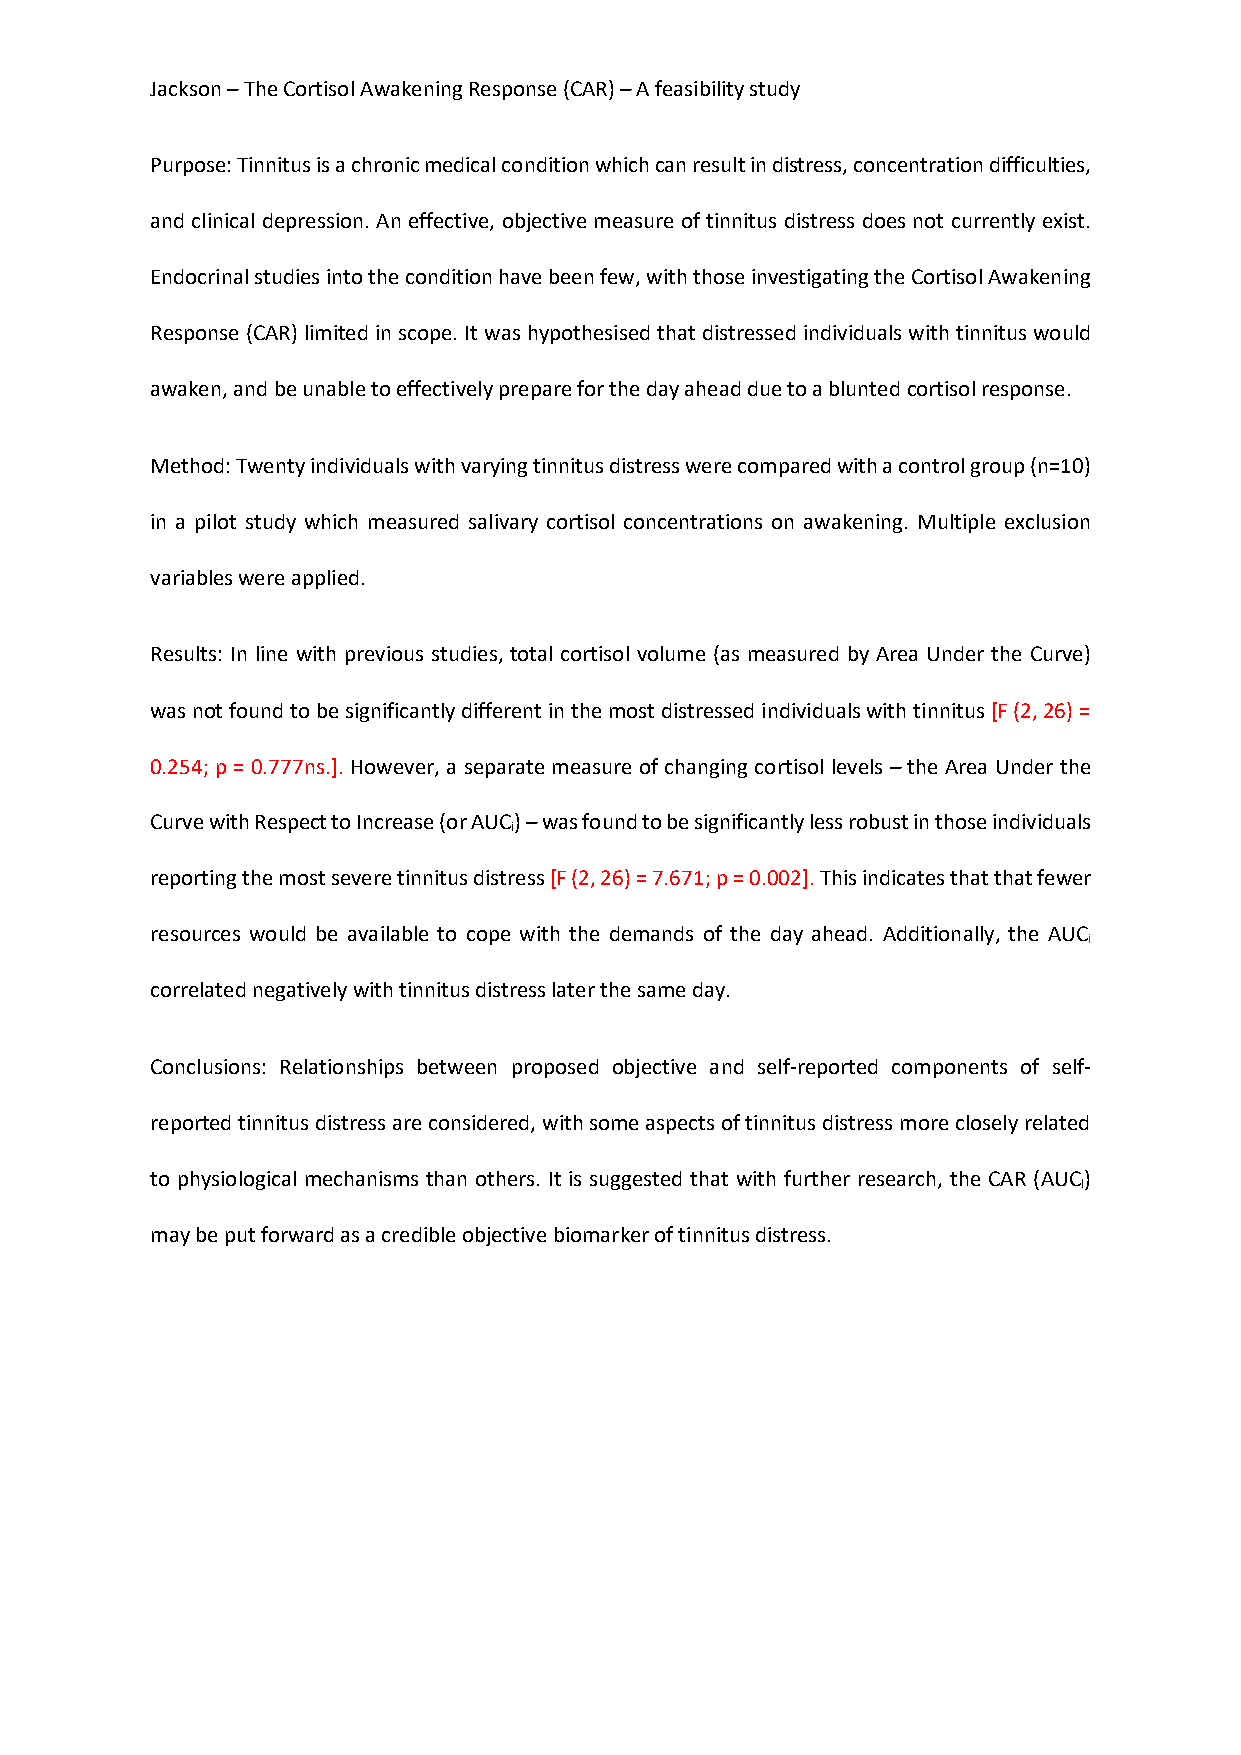
Jackson – The Cortisol Awakening Response (CAR) – A feasibility study
 Purpose: Tinnitus is a chronic medical condition which can result in distress, concentration difficulties,
 and clinical depression. An effective, objective measure of tinnitus distress does not currently exist.
 Endocrinal studies into the condition have been few, with those investigating the Cortisol Awakening
 Response (CAR) limited in scope. It was hypothesised that distressed individuals with tinnitus would
 awaken, and be unable to effectively prepare for the day ahead due to a blunted cortisol response.
 Method: Twenty individuals with varying tinnitus distress were compared with a control group (n=10)
 in a pilot study which measured salivary cortisol concentrations on awakening. Multiple exclusion
 variables were applied.
 Results: In line with previous studies, total cortisol volume (as measured by Area Under the Curve)
 was not found to be significantly different in the most distressed individuals with tinnitus [F (2, 26) =
 0.254; p = 0.777ns.]. However, a separate measure of changing cortisol levels – the Area Under the
 Curve with Respect to Increase (or AUC) – was found to be significantly less robust in those individuals
 i
 reporting the most severe tinnitus distress [F (2, 26) = 7.671; p = 0.002]. This indicates that that fewer
 resources would be available to cope with the demands of the day ahead. Additionally, the AUC
 i
 correlated negatively with tinnitus distress later the same day.
 Conclusions: Relationships between proposed objective and self-reported components of self-
 reported tinnitus distress are considered, with some aspects of tinnitus distress more closely related
 to physiological mechanisms than others. It is suggested that with further research, the CAR (AUC)
 I
 may be put forward as a credible objective biomarker of tinnitus distress.